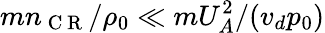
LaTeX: mn_{\mathrm{~C~R~}}/\rho_{0}\ll mU_{A}^{2}/(v_{d}p_{0})